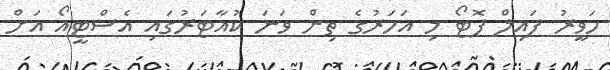
ހަވީރު ފައިލް ފޮޓޯ މި އަހަރުގެ ތިން ވަނަ ކުއާޓަރުގައި އެސްޓީއޯ އަށް